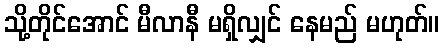
သို့တိုင်အောင် မီလာနီ မရှိလျှင် နေမည် မဟုတ်။